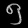
Digit: ၅